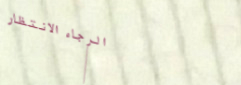
الرجاء الانتظار